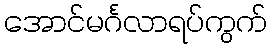
အောင်မင်္ဂလာရပ်ကွက်